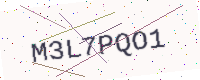
Text: M3L7PQO1